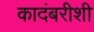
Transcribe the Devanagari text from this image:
कादंबरीशी